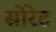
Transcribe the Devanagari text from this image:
सोरेट